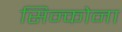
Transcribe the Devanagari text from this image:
सिन्कोना